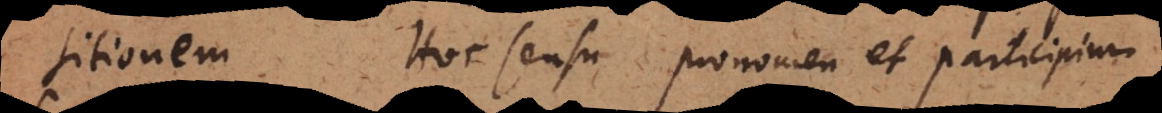
sitionem. Hoc sensu pronomen et participium